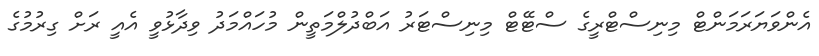
އެންވަޔަރަމަންޓް މިނިސްޓްރީގެ ސްޓޭޓް މިނިސްޓަރު އަބްދުލްމަތީން މުހައްމަދު ވިދާޅުވީ އެއީ ރަށް ގިރުމުގެ